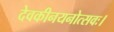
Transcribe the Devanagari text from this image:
देवकीनयनोत्सवः।